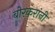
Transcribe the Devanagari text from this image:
बोरकरांनी